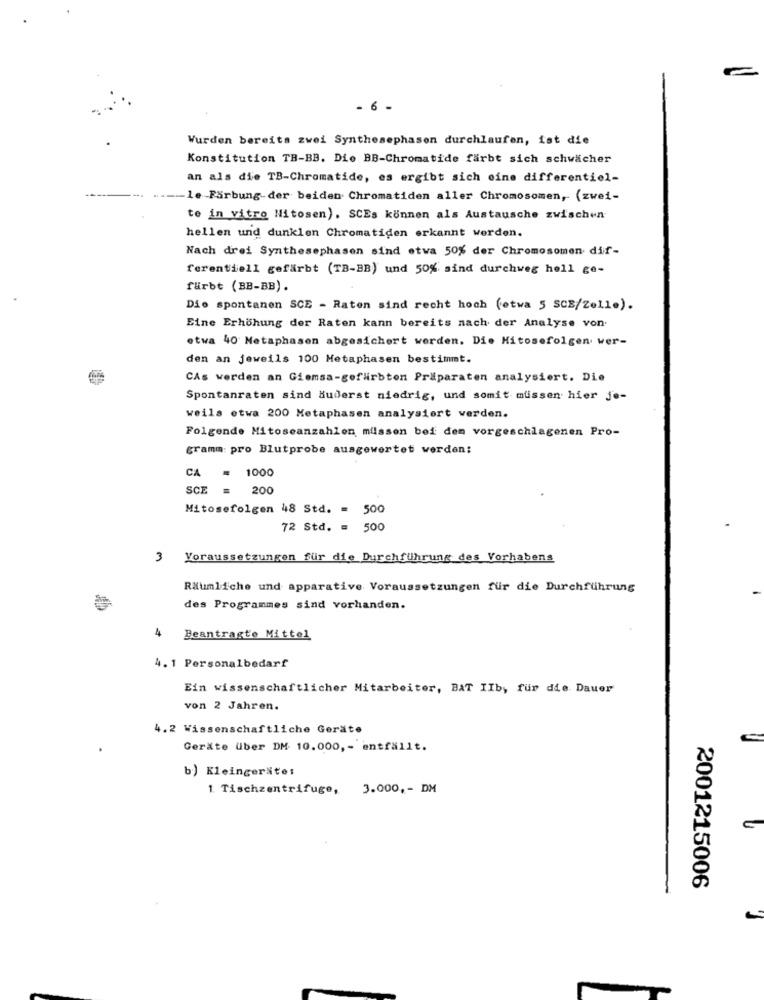
- 6 -
Wurden bereits zwei Synthesephasen durchlaufen, ist die
Konstitution TB-BB. Die BB-Chromatide färbt sich schwächer
an als die TB-Chromatide, es ergibt sich eine differentiel-
le -Färbung-der beiden Chromatiden aller Chromosomen, (zwei-
te in vitro Nitosen). SCEs können als Austausche zwischen
hellen und dunklen Chromatiden erkannt werden.
Nach drei Synthesephasen sind etwa 50% der Chromosomen dif-
ferentdell gefärbt (TB-BB) und 50% sind durchweg hell ge-
färbt (BB-BB) .
Die spontanen SCE - Raten sind recht hoch (etwa 5 SCE/Zelle).
Eine Erhöhung der Raten kann bereits nach der Analyse von.
etwa 40 Metaphasen abgesichert werden. Die Mitosefolgen wer-
den an jeweils 100 Metaphasen bestimmt.
CAs werden an Giemsa-gefärbten Präparaten analysiert. Die
Spontanraten sind Huderst niedrig, und somit müssen hier je-
weils etwa 200 Metaphasen analysiert werden.
Folgende Mitoseanzahlen müssen bei dem vorgeschlagenen Pro-
gramm: pro Blutprobe ausgewertet werden:
CA
1000
SCE
= 200
Mitosefolgen 48 Std. = 5
72 Std. = 500
3
Voraussetzungen für die Durchführung des Vorhabens
Räumliche und apparative Voraussetzungen für die Durchführung
des Programmes sind vorhanden.
4
Beantragte Mittel
4. 1 Personalbedarf
Ein wissenschaftlicher Mitarbeiter, BAT IIb, für die Dauer
von 2 Jahren.
4.2 Wissenschaftliche Geräte
Geräte über DM 10.000 ,- entfällt.
b) Kleingeräte:
1. Tischzentrifuge,
3.000, - DM
2001215006